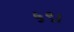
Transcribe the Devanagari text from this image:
५९।